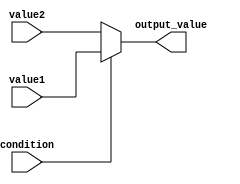
module conditional_operator_assignment (
    input wire condition,      // Boolean condition input
    input wire [7:0] value1,  // First value input
    input wire [7:0] value2,  // Second value input
    output reg [7:0] output_value // Output value based on condition
);

// Combinational logic block
always @(*) begin
    output_value = condition ? value1 : value2; // Ternary operator assignment
end

endmodule